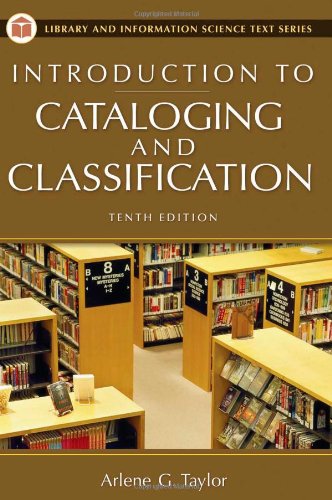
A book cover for Introduction to Cataloging and Classification (Introduction to Cataloging & Classification); Arlene G. Taylor; Reference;